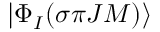
| \Phi _ { I } ( \sigma { \pi } J M ) \rangle